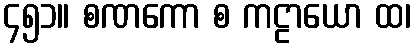
၄၅၁။ စဏကော စ ကဠာယော ထ၊